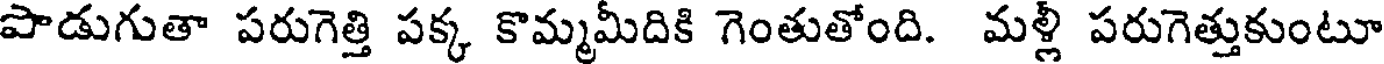
పాడుగుతా పరుగెత్తి పక్క కొమ్మమీదికి గెంతుతోంది. మళ్లీ పరుగెత్తుకుంటూ